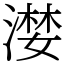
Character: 漤